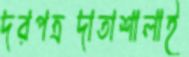
দরপত্রদাতাশালাই